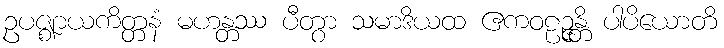
ဥပဇ္ဈာယကိတ္တနံ မဟန္တဿ ပီတွာ သမာဒိယထ ဧကဝဠဉ္ဇန္တိ ပါပိယောတိ